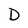
Character: D